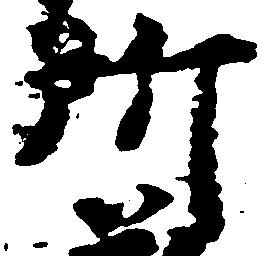
所